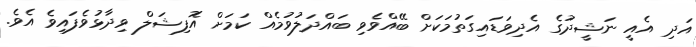
އަދި އެއީ ނަޝީދުގެ އެދިވަޑައިގަތުމަކަށް ބޭއްވެވި ބައްދަލުވުމެއް ކަމަށް އޮފިޝަލް ވިދާޅުވެފައިވެ އެވެ.